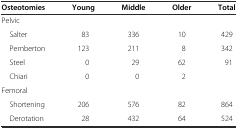
<table><thead><tr><td><b>Osteotomies</b></td><td><b>Young</b></td><td><b>Middle</b></td><td><b>Older</b></td><td><b>Total</b></td></tr></thead><tbody><tr><td>Pelvic</td><td></td><td></td><td></td><td></td></tr><tr><td> Salter</td><td>83</td><td>336</td><td>10</td><td>429</td></tr><tr><td> Pemberton</td><td>123</td><td>211</td><td>8</td><td>342</td></tr><tr><td> Steel</td><td>0</td><td>29</td><td>62</td><td>91</td></tr><tr><td> Chiari</td><td>0</td><td>0</td><td>2</td><td></td></tr><tr><td>Femoral</td><td></td><td></td><td></td><td></td></tr><tr><td> Shortening</td><td>206</td><td>576</td><td>82</td><td>864</td></tr><tr><td> Derotation</td><td>28</td><td>432</td><td>64</td><td>524</td></tr></tbody></table>